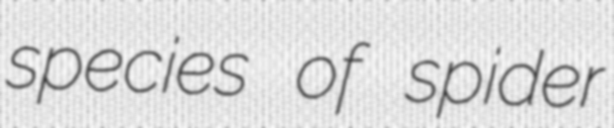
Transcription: species of spider